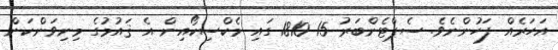
އަހަރެއް ފަހުންނެވެ. ސެޕްޓެންބަރު 15 1810 ގައި މެކްސިކޯއިން އެ ޤައުމުގެ މިނިވަންކަން